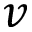
v